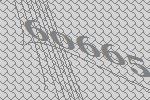
60665